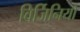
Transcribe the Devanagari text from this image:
विर्जिनियो